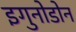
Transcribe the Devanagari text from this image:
इगुनोडोन